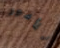
للأمور